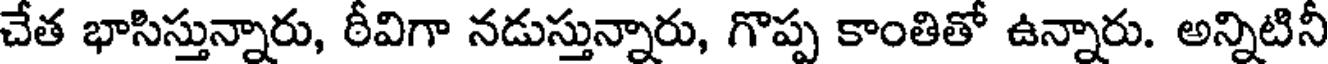
చేత భాసిస్తున్నారు, ఠీవిగా నడుస్తున్నారు, గొప్ప కాంతితో ఉన్నారు. అన్నిటినీ